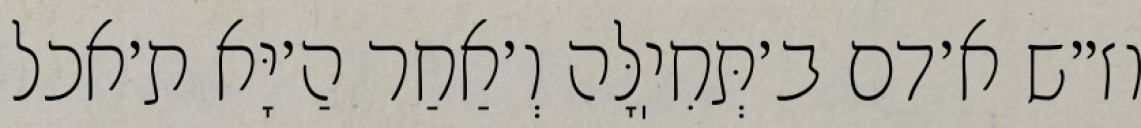
וז״ש א׳דם ב׳תְּחִיֽלָּה וְ׳אַחַר הַ׳יָּא ת׳אכל